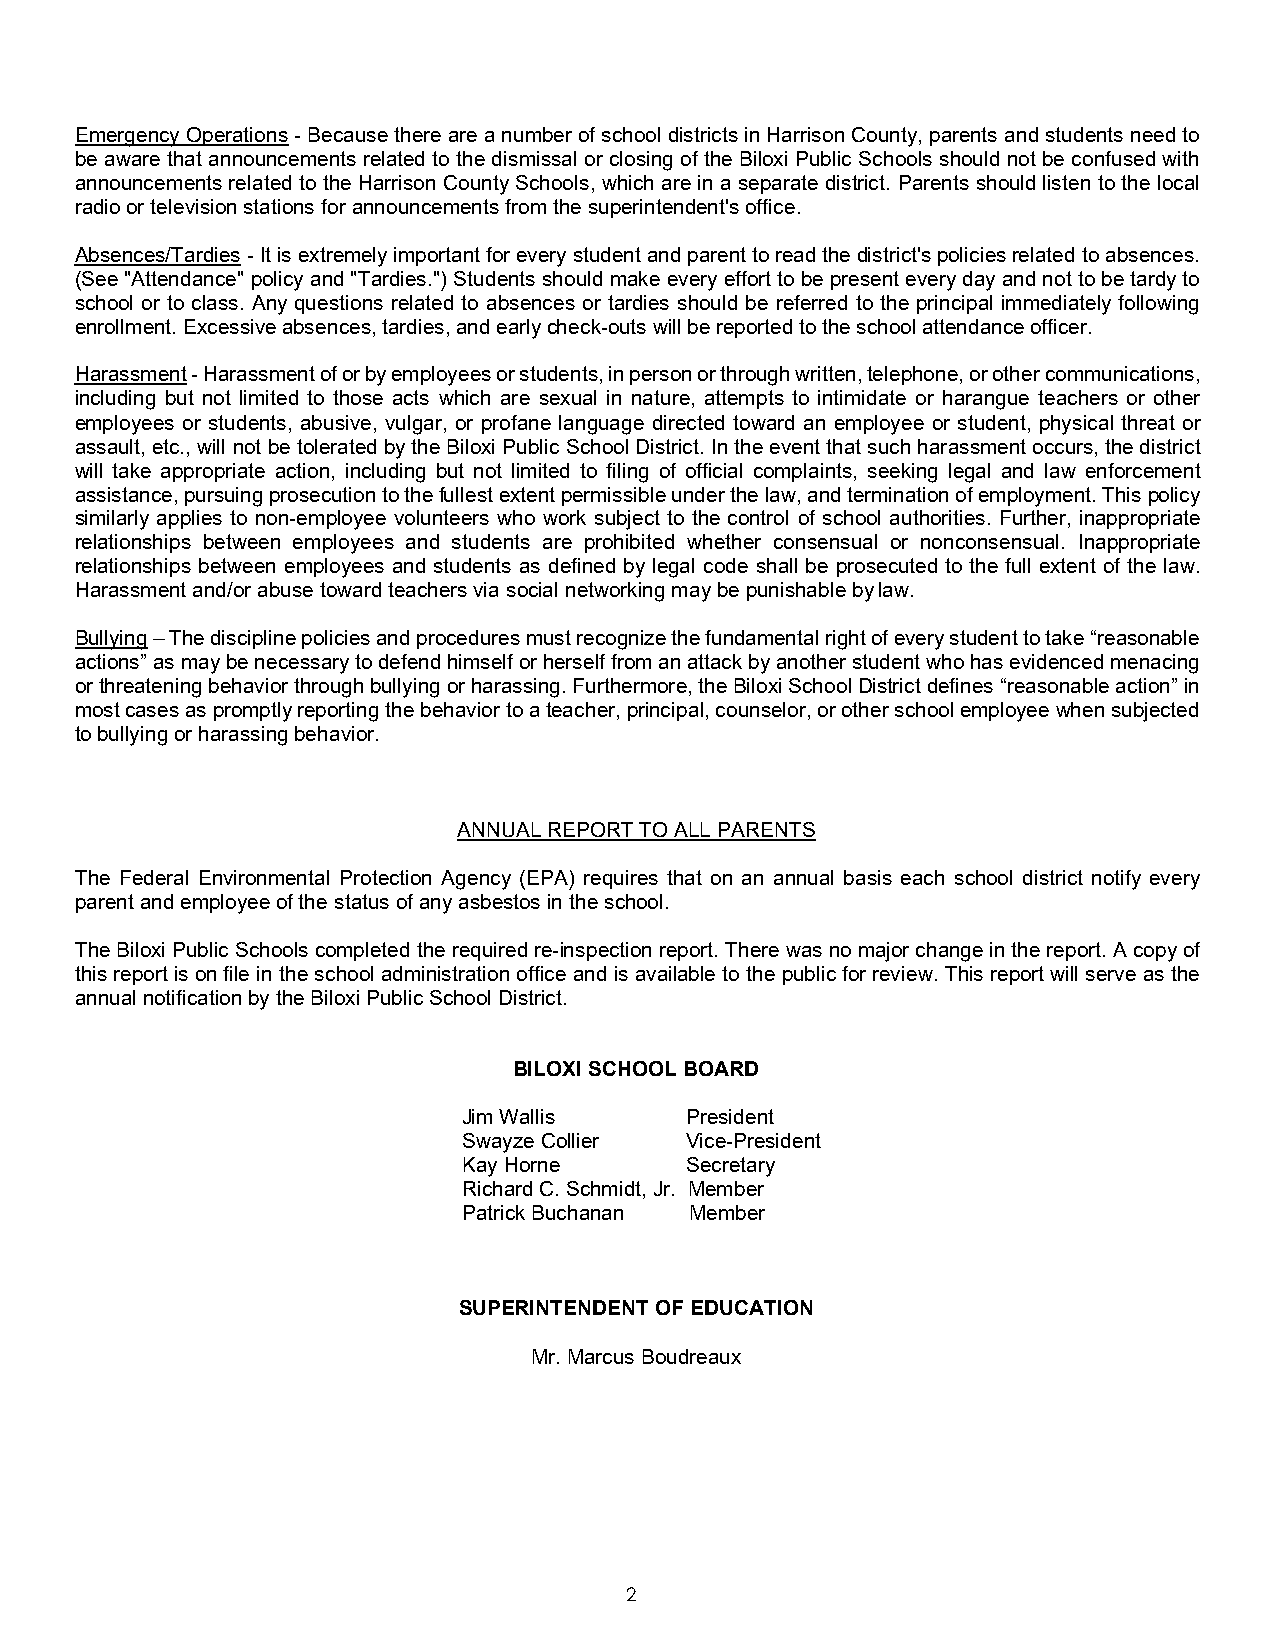
Emergency Operations - Because there are a number of school districts in Harrison County, parents and students need to
 be aware that announcements related to the dismissal or closing of the Biloxi Public Schools should not be confused with
 announcements related to the Harrison County Schools, which are in a separate district. Parents should listen to the local
 radio or television stations for announcements from the superintendent's office.
 Absences/Tardies - It is extremely important for every student and parent to read the district's policies related to absences.
 (See "Attendance" policy and "Tardies.") Students should make every effort to be present every day and not to be tardy to
 school or to class. Any questions related to absences or tardies should be referred to the principal immediately following
 enrollment. Excessive absences, tardies, and early check-outs will be reported to the school attendance officer.
 Harassment - Harassment of or by employees or students, in person or through written, telephone, or other communications,
 including but not limited to those acts which are sexual in nature, attempts to intimidate or harangue teachers or other
 employees or students, abusive, vulgar, or profane language directed toward an employee or student, physical threat or
 assault, etc., will not be tolerated by the Biloxi Public School District. In the event that such harassment occurs, the district
 will take appropriate action, including but not limited to filing of official complaints, seeking legal and law enforcement
 assistance, pursuing prosecution to the fullest extent permissible under the law, and termination of employment. This policy
 similarly applies to non-employee volunteers who work subject to the control of school authorities. Further, inappropriate
 relationships between employees and students are prohibited whether consensual or nonconsensual. Inappropriate
 relationships between employees and students as defined by legal code shall be prosecuted to the full extent of the law.
 Harassment and/or abuse toward teachers via social networking may be punishable by law.
 Bullying – The discipline policies and procedures must recognize the fundamental right of every student to take “reasonable
 actions” as may be necessary to defend himself or herself from an attack by another student who has evidenced menacing
 or threatening behavior through bullying or harassing. Furthermore, the Biloxi School District defines “reasonable action” in
 most cases as promptly reporting the behavior to a teacher, principal, counselor, or other school employee when subjected
 to bullying or harassing behavior.
 ANNUAL REPORT TO ALL PARENTS
 The Federal Environmental Protection Agency (EPA) requires that on an annual basis each school district notify every
 parent and employee of the status of any asbestos in the school.
 The Biloxi Public Schools completed the required re-inspection report. There was no major change in the report. A copy of
 this report is on file in the school administration office and is available to the public for review. This report will serve as the
 annual notification by the Biloxi Public School District.
 BILOXI SCHOOL BOARD
 Jim Wallis    President
 Swayze Collier Vice-President
 Kay Horne     Secretary
 Richard C. Schmidt, Jr. Member
 Patrick Buchanan Member
 SUPERINTENDENT OF EDUCATION
 Mr. Marcus Boudreaux
 2